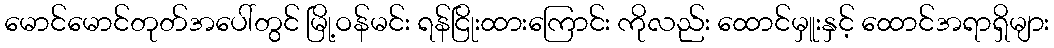
မောင်မောင်တုတ်အပေါ်တွင် မြို့ဝန်မင်း ရန်ငြိုးထားကြောင်း ကိုလည်း ထောင်မှူးနှင့် ထောင်အရာရှိများ